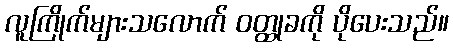
လူကြိုက်များသလောက် ဝတ္ထုခကို ပိုပေးသည်။